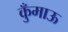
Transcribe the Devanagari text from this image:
कुँमाऊ